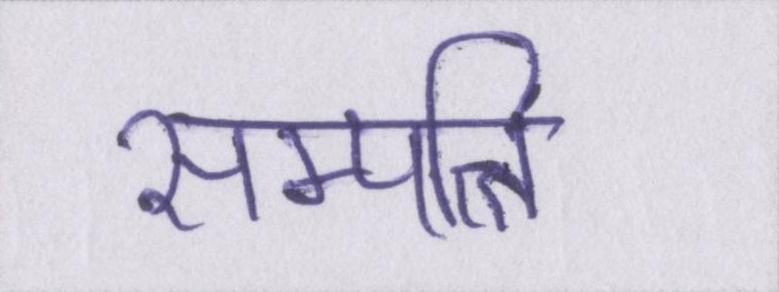
सम्पत्ति